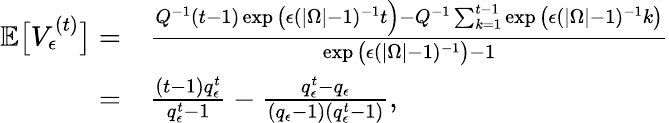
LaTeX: \begin{array}{rl}{\mathbb{E}\big[V_{\epsilon}^{(t)}\big]=}&{\frac{Q^{-1}(t-1)\exp\big(\epsilon(|\Omega|-1)^{-1}t\Big)-Q^{-1}\sum_{k=1}^{t-1}\exp\big(\epsilon(|\Omega|-1)^{-1}k\big)}{\exp\big(\epsilon(|\Omega|-1)^{-1}\big)-1}}\\ {=}&{\frac{(t-1)q_{\epsilon}^{t}}{q_{\epsilon}^{t}-1}-\frac{q_{\epsilon}^{t}-q_{\epsilon}}{(q_{\epsilon}-1)(q_{\epsilon}^{t}-1)},}\end{array}